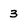
Character: 3